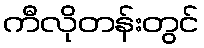
ကီလိုတန်းတွင်